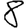
Digit: 8